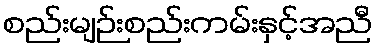
စည်းမျဉ်းစည်းကမ်းနှင့်အညီ